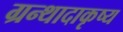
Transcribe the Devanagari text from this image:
ग्रन्थादाकृष्य